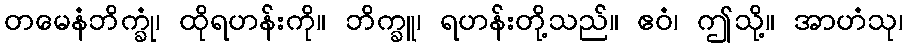
တမေနံဘိက္ခုံ၊ ထိုရဟန်းကို။ ဘိက္ခူ၊ ရဟန်းတို့သည်။ ဧဝံ၊ ဤသို့။ အာဟံသု၊